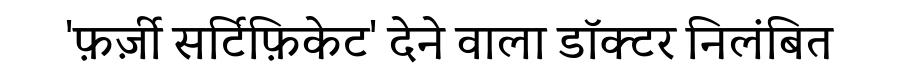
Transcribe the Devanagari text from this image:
'फ़र्ज़ी सर्टिफ़िकेट' देने वाला डॉक्टर निलंबित